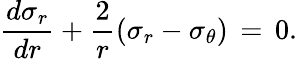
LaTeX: \frac{d\sigma_{r}}{dr}+\frac{2}{r}\left(\sigma_{r}-\sigma_{\theta}\right)\, =\, 0.